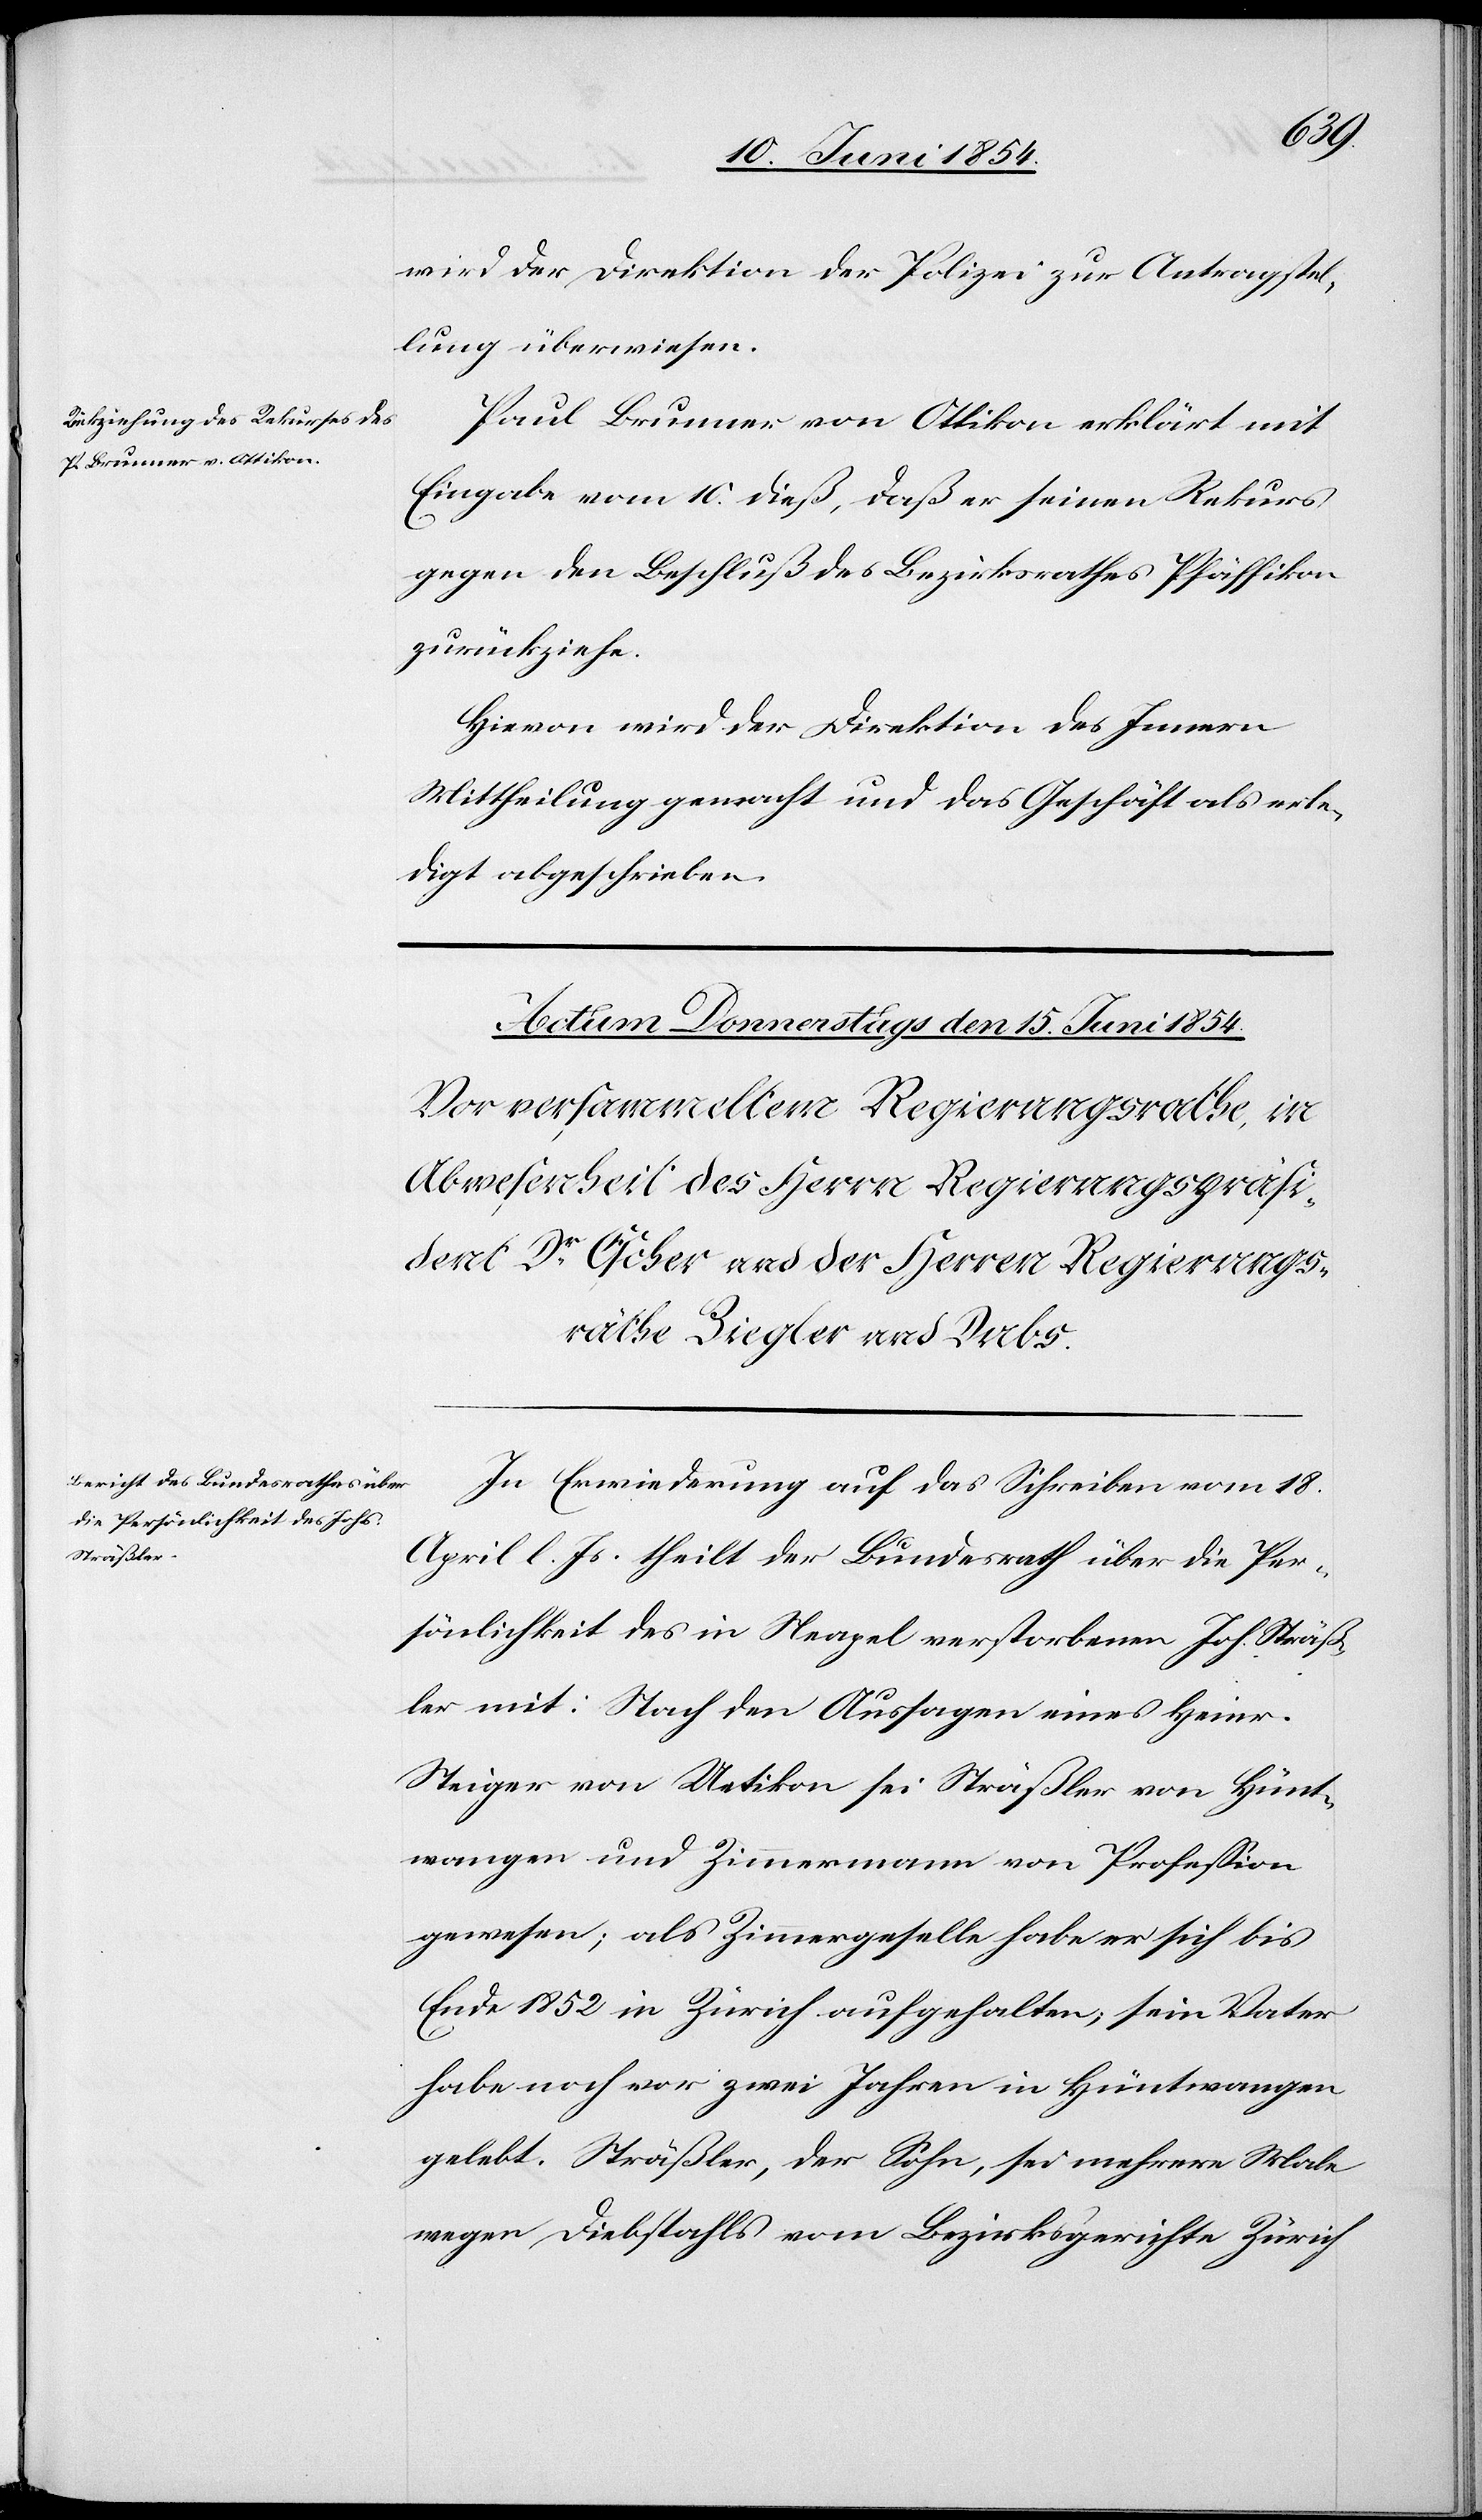
10. Juni 1854.]
wird der Direktion der Polizei zur Antragstel¬
lung überwiesen.
Paul Brunner von Ottikon erklärt mit
Eingabe vom 10. dieß, daß er seinen Rekurs
gegen den Beschluß des Bezirksrathes Pfäffikon
zurückziehe.
Hievon wird der Direktion des Innern
Mittheilung gemacht und das Geschäft als erle¬
digt abgeschrieben.
In Erwiederung auf das Schreiben vom 18.
April l. Js. theilt der Bundesrath über die Per¬
sönlichkeit des in Neapel verstorbenen Joh. Sträß¬
ler mit: Nach den Aussagen eines Heinr.
Steiger von Uetikon sei Sträßler von Hünt¬
wangen und Zimmermann von Profeßion
gewesen; als Zimmergeselle habe er sich bis
Ende 1852 in Zürich aufgehalten, sein Vater
habe noch vor zwei Jahren in Hüntwangen
gelebt. Sträßler, der Sohn, sei mehrere Male
wegen Diebstahls vom Bezirksgerichte Zürich